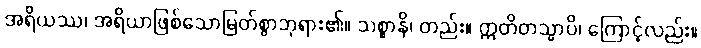
အရိယဿ၊ အရိယာဖြစ်သောမြတ်စွာဘုရား၏။ သစ္စာနိ၊ တည်း။ ဣတိတသ္မာပိ၊ ကြောင့်လည်း။